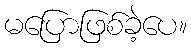
မပြောဖြစ်ခဲ့ပေ။